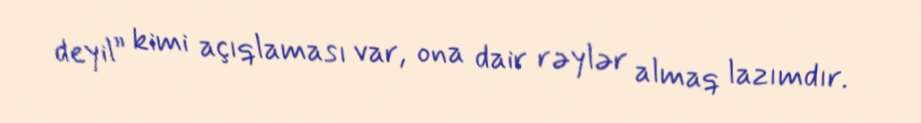
deyil” kimi açıqlaması var, ona dair rəylər almaq lazımdır.